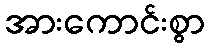
အားကောင်းစွာ